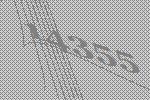
14355